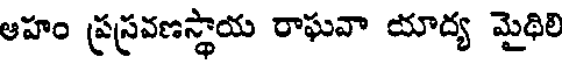
ఆహం ప్రస్రవణస్థాయ రాఘవా యాద్య మైథిలి